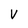
Character: V